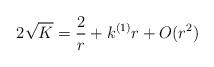
LaTeX: \begin{align*}2 \sqrt{K} = \frac{2}{r} + k^{(1)} r +O(r^2)\end{align*}